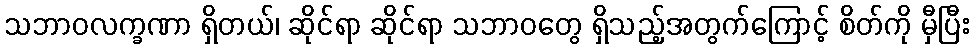
သဘာဝလက္ခဏာ ရှိတယ်၊ ဆိုင်ရာ ဆိုင်ရာ သဘာဝတွေ ရှိသည့်အတွက်ကြောင့် စိတ်ကို မှီပြီး